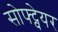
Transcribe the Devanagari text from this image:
सोफ्ट्वेयर